Insane asylums in Bengal annual reports 1876-1887 - 1876-1887
Year: 1876
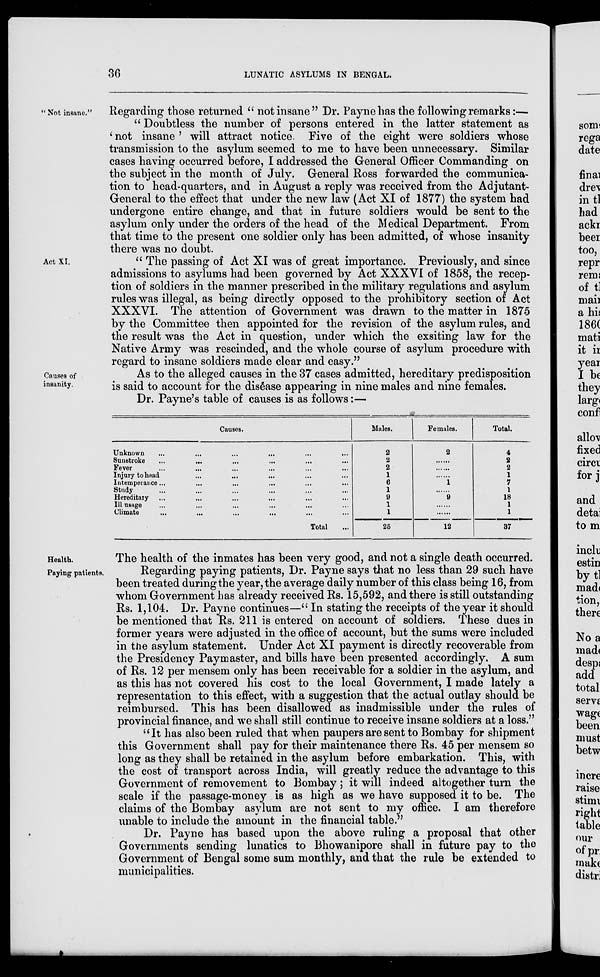
36
LUNATIC ASYLUMS IN BENGAL.
" Not insane."
Regarding those returned " not insane" Dr. Payne has the following remarks:—
" Doubtless the number of persons entered in the latter statement as
' not insane ' will attract notice. Five of the eight were soldiers whose
transmission to the asylum seemed to me to have been unnecessary. Similar
cases having occurred before, I addressed the General Officer Commanding on
the subject in the month of July. General Ross forwarded the communica-
tion to head-quarters, and in August a reply was received from the Adjutant-
General to the effect that under the new law (Act XI of 1877) the system had
undergone entire change, and that in future soldiers would be sent to the
asylum only under the orders of the head of the Medical Department. From
that time to the present one soldier only has been admitted, of whose insanity
there was no doubt.
Act XI.
" The passing of Act XI was of great importance. Previously, and since
admissions to asylums had been governed by Act XXXVI of 1858, the recep-
tion of soldiers in the manner prescribed in the military regulations and asylum
rules was illegal, as being directly opposed to the prohibitory section of Act
XXXVI. The attention of Government was drawn to the matter in 1875
by the Committee then appointed for the revision of the asylum rules, and
the result was the Act in question, under which the exsiting law for the
Native Army was rescinded, and the whole course of asylum procedure with
regard to insane soldiers made clear and easy."
Causes of
insanity
As to the alleged causes in the 37 cases admitted, hereditary predisposition
is said to account for the disease appearing in nine males and nine females.
Dr. Payne's table of causes is as follows:—
Causes.
Unknown ... ... ... ... ... ...
Sunstroke ... ... ... ... ... ...
Fever ... ... ... ... ... ...
Injury to head ... ... ... ... ...
Intemperance ... ... ... ... ... ...
Study ... ... ... ... ... ...
Hereditary ... ... ... ... ... ...
Ill usage ... ... ... ... ... ...
Climate ... ... ... ... ... ...
Total ...
Males.
2
2
2
1
6
1
9
1
1
25
Females.
2
......
......
......
1
......
9
......
......
12
Total.
4
2
2
1
7
1
18
1
1
37
Health.
The health of the inmates has been very good, and not a single death occurred.
Paying patients.
Regarding paying patients, Dr. Payne says that no less than 29 such have
been treated during the year, the average daily number of this class being 16, from
whom Government has already received Rs. 15,592, and there is still outstanding
Rs. 1,104. Dr. Payne continues—" In stating the receipts of the year it should
be mentioned that Rs. 211 is entered on account of soldiers. These dues in
former years were adjusted in the office of account, but the sums were included
in the asylum statement. Under Act XI payment is directly recoverable from
the Presidency Paymaster, and bills have been presented accordingly. A sum
of Rs. 12 per mensem only has been receivable for a soldier in the asylum, and
as this has not covered his cost to the local Government, I made lately a
representation to this effect, with a suggestion that the actual outlay should be
reimbursed. This has been disallowed as inadmissible under the rules of
provincial finance, and we shall still continue to receive insane soldiers at a loss."
"It has also been ruled that when paupers are sent to Bombay for shipment
this Government shall pay for their maintenance there Rs. 45 per mensem so
long as they shall be retained in the asylum before embarkation. This, with
the cost of transport across India, will greatly reduce the advantage to this
Government of removement to Bombay; it will indeed altogether turn the
scale if the passage-money is as high as we have supposed it to be. The
claims of the Bombay asylum are not sent to my office. I am therefore
unable to include the amount in the financial table."
Dr. Payne has based upon the above ruling a proposal that other
Governments sending lunatics to Bhowanipore shall in future pay to the
Government of Bengal some sum monthly, and that the rule be extended to
municipalities.